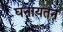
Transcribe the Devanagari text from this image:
घनायतन